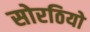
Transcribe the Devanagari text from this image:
सोरठियो